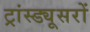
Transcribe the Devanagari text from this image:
ट्रांस्ड्यूसरों